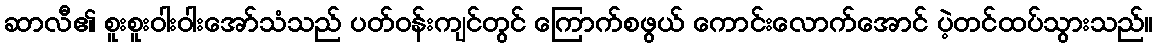
ဆာလီ၏ စူးစူးဝါးဝါးအော်သံသည် ပတ်ဝန်းကျင်တွင် ကြောက်စဖွယ် ကောင်းလောက်အောင် ပဲ့တင်ထပ်သွားသည်။